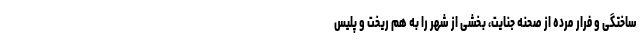
ساختگی و فرار مرده از صحنه جنایت، بخشی از شهر را به هم ریخت و پلیس